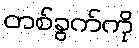
တစ်ခွက်ကို